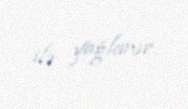
ilə yağlanır.